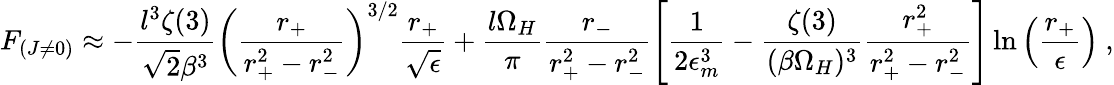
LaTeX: F_{(J\neq 0)}\approx-\frac{l^{3}\zeta(3)}{\sqrt{2}\beta^{3}}\left(\frac{r_{+}}{r_{+}^{2}-r_{-}^{2}}\right)^{3/2}\frac{r_{+}}{\sqrt{\epsilon}}+\frac{l\Omega_{H}}{\pi}\frac{r_{-}}{r_{+}^{2}-r_{-}^{2}}\left[\frac{1}{2\epsilon_{m}^{3}}-\frac{\zeta(3)}{(\beta\Omega_{H})^{3}}\frac{r_{+}^{2}}{r_{+}^{2}-r_{-}^{2}}\right]\ln\left(\frac{r_{+}}{\epsilon}\right)~,